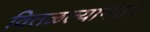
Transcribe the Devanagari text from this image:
वितळल्यानंतर